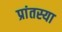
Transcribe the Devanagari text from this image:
प्रांतस्या